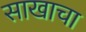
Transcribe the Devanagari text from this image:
साखाचा